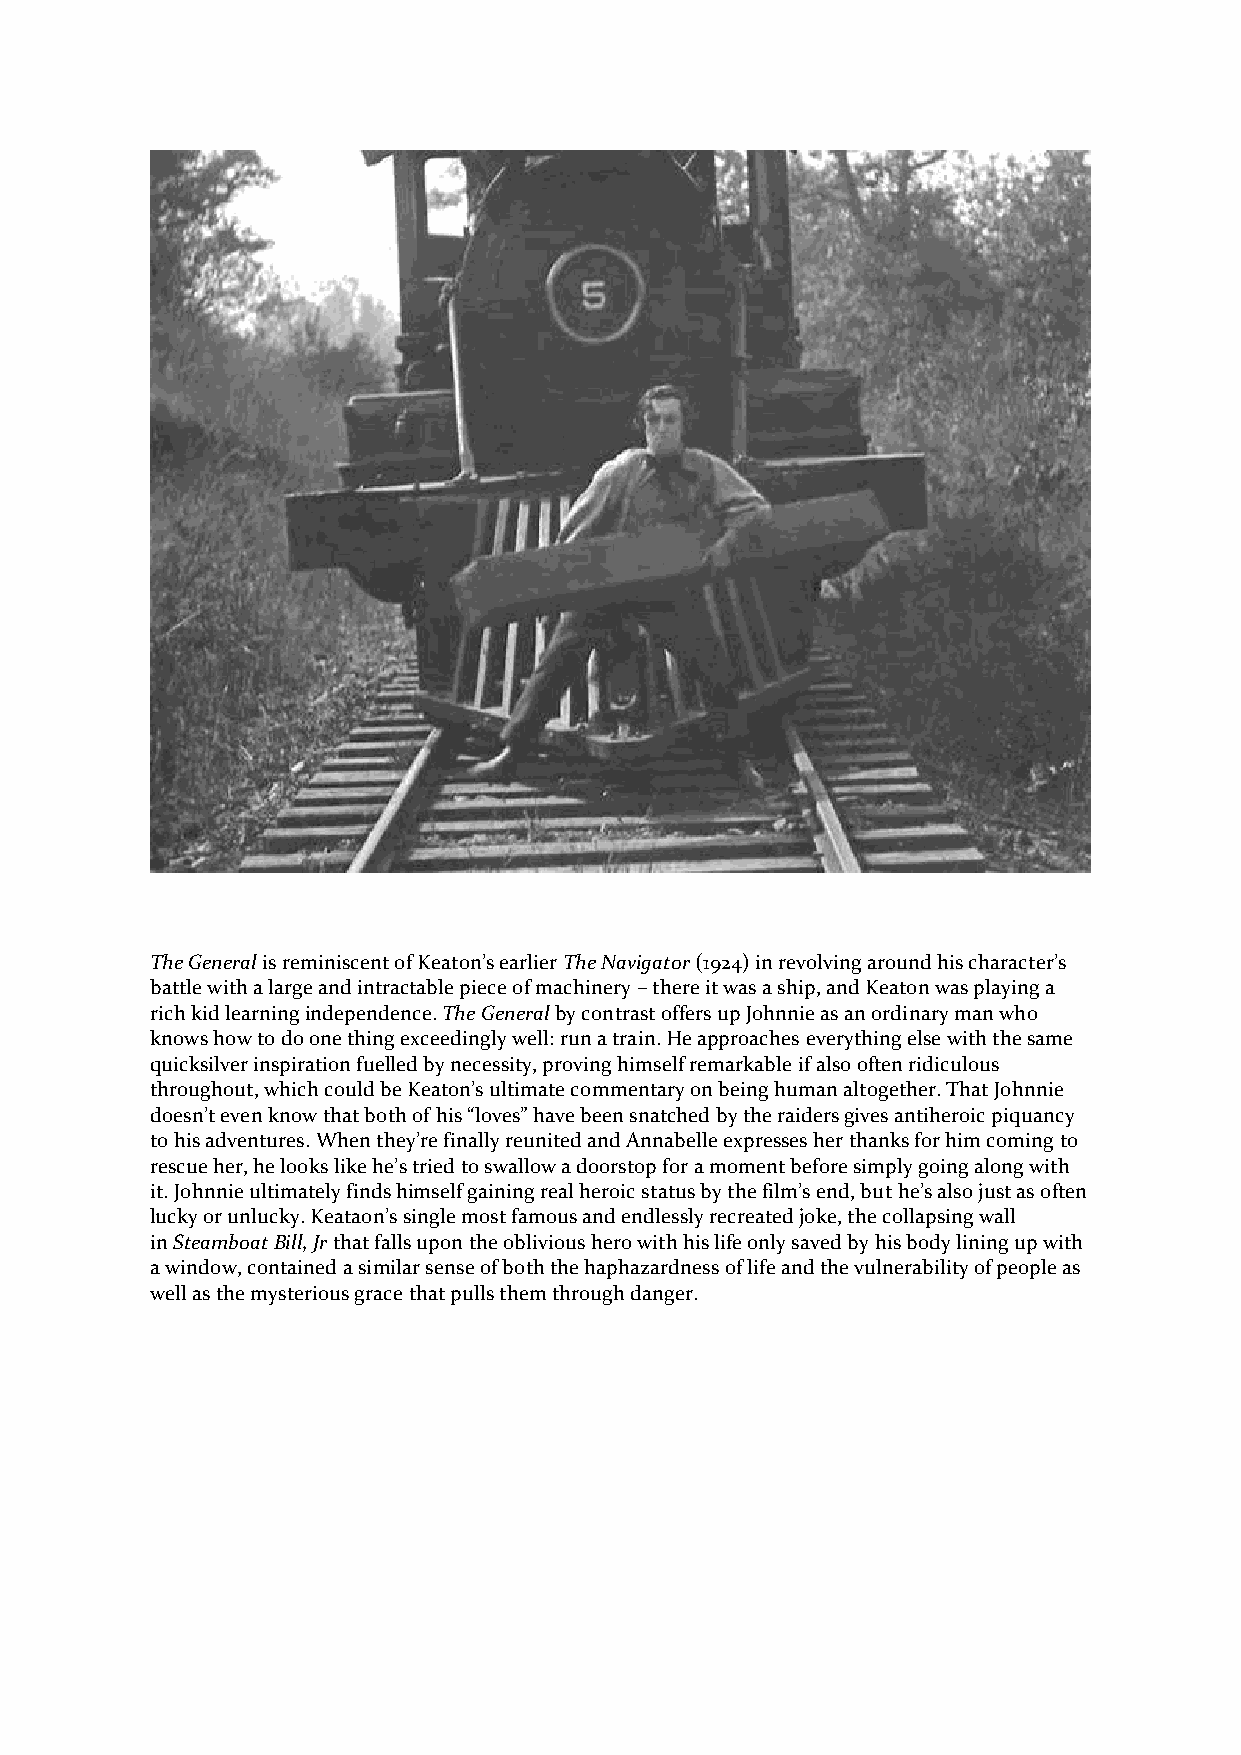
The General is reminiscent of Keaton’s earlier The Navigator (1924) in revolving around his character’s
 battle with a large and intractable piece of machinery – there it was a ship, and Keaton was playing a
 rich kid learning independence. The General by contrast offers up Johnnie as an ordinary man who
 knows how to do one thing exceedingly well: run a train. He approaches everything else with the same
 quicksilver inspiration fuelled by necessity, proving himself remarkable if also often ridiculous
 throughout, which could be Keaton’s ultimate commentary on being human altogether. That Johnnie
 doesn’t even know that both of his “loves” have been snatched by the raiders gives antiheroic piquancy
 to his adventures. When they’re finally reunited and Annabelle expresses her thanks for him coming to
 rescue her, he looks like he’s tried to swallow a doorstop for a moment before simply going along with
 it. Johnnie ultimately finds himself gaining real heroic status by the film’s end, but he’s also just as often
 lucky or unlucky. Keataon’s single most famous and endlessly recreated joke, the collapsing wall
 in Steamboat Bill, Jr that falls upon the oblivious hero with his life only saved by his body lining up with
 a window, contained a similar sense of both the haphazardness of life and the vulnerability of people as
 well as the mysterious grace that pulls them through danger.